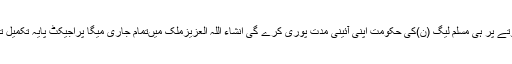
عوام کے بل بوتے پر ہی مسلم لیگ (ن)کی حکومت اپنی آئینی مدت پوری کرے گی انشاء اللہ العزیزملک میںتمام جاری میگا پراجیکٹ پایہ تکمیل تک پہنچیںگے۔